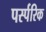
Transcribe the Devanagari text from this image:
पर्स्परिक